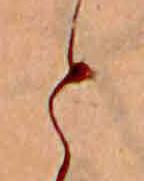
と